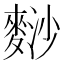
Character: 𪌮